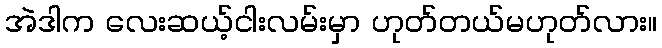
အဲဒါက လေးဆယ့်ငါးလမ်းမှာ ဟုတ်တယ်မဟုတ်လား။